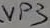
Text: VP3